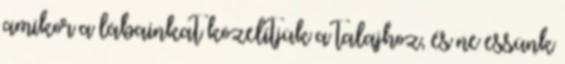
amikor a lábainkat közelítjük a talajhoz, és ne essünk